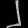
Digit: ၂